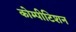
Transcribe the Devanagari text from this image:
कोम्पीटिशन